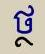
ថ្ថ